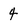
Character: 4